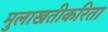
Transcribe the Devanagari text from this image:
मुलाखतीकरिता